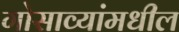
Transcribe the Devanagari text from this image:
गोसाव्यांमधील